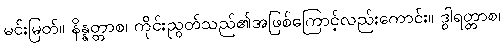
မင်းမြတ်။ နိန္နတ္တာစ၊ ကိုင်းညွတ်သည်၏အဖြစ်ကြောင့်လည်းကောင်း။ ဒွါရတ္တာစ၊